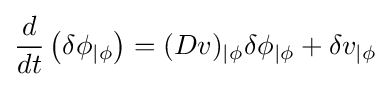
{\frac {d}{dt}}\left(\delta \phi _{|\phi }\right)=(Dv)_{|\phi }\delta \phi _{|\phi }+\delta v_{|\phi }